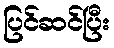
ပြင်ဆင်ပြီး